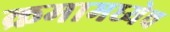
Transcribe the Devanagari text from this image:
क्रमामध्येच